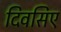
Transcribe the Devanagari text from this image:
दिवसिए